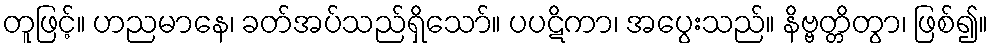
တူဖြင့်။ ဟညမာနေ၊ ခတ်အပ်သည်ရှိသော်။ ပပဋိကာ၊ အပွေးသည်။ နိဗ္ဗတ္တိတွာ၊ ဖြစ်၍။